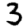
Digit: 3